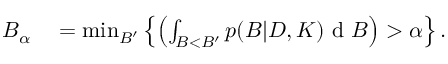
\begin{array} { r l } { B _ { \alpha } } & { { } = \operatorname* { m i n } _ { B ^ { \prime } } \left\{ \left( \int _ { B < B ^ { \prime } } p ( B | D , K ) \textup { d } B \right) > \alpha \right\} . } \end{array}